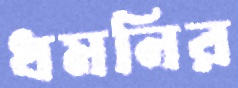
ধমনির